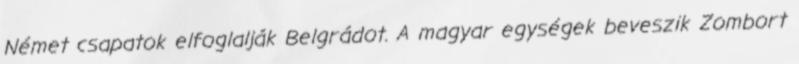
Német csapatok elfoglalják Belgrádot. A magyar egységek beveszik Zombort